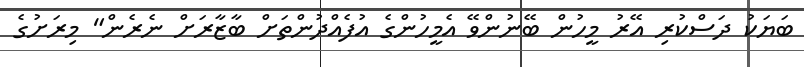
ބަޔަކު ދަސްކުރި އޭރު މީހުން ބޭނުންވޭ އެމީހުންގެ އުފެއްދުންތަށް ބާޒާރަށް ނެރެން" މިރަށުގެ